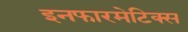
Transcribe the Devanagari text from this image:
इनफारमेटिक्स